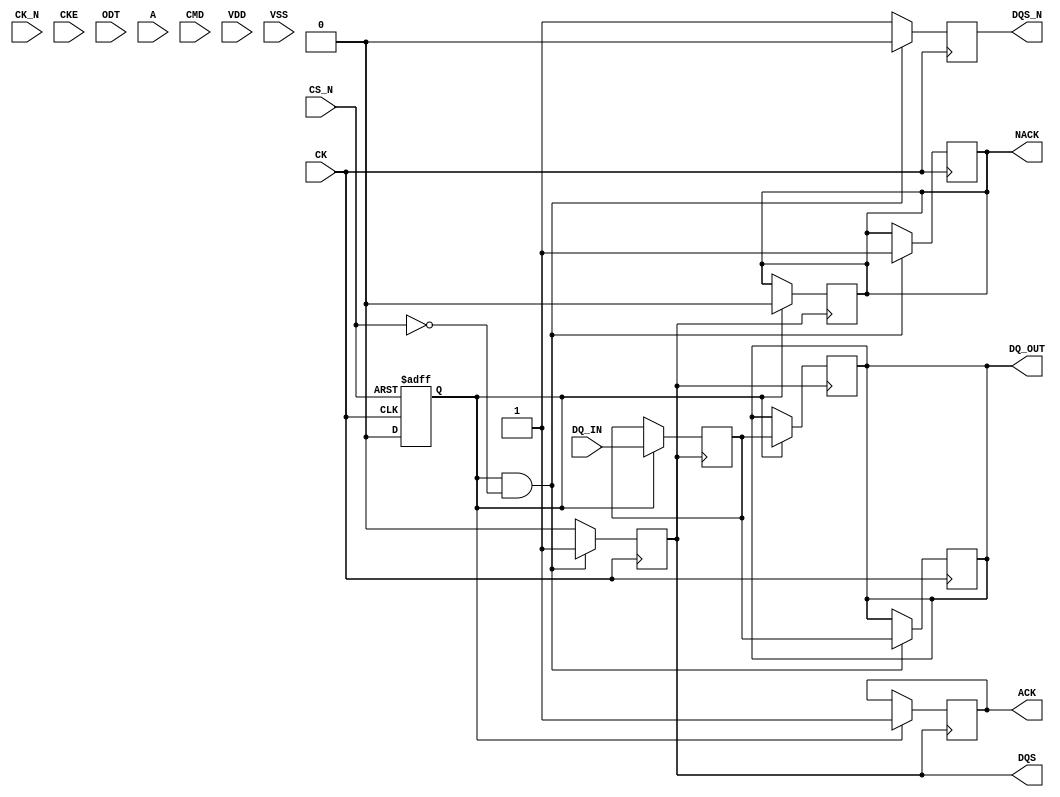
module gddr_io_block #(
    parameter DATA_WIDTH = 32  // Configurable data bus width (16, 32, or 64)
)(
    // Clock and control signals
    input wire CK,               // Clock
    input wire CK_N,             // Inverted Clock
    input wire CKE,              // Clock Enable
    input wire CS_N,             // Chip Select (active low)
    input wire ODT,              // On-Die Termination
    
    // Address and Command signals
    input wire [15:0] A,         // Address bus
    input wire [3:0] CMD,        // Command signals

    // Data signals
    input wire [DATA_WIDTH-1:0] DQ_IN,   // Data input from GDDR memory
    output reg [DATA_WIDTH-1:0] DQ_OUT,   // Data output to GDDR memory
    output reg DQS,               // Data Strobe
    output reg DQS_N,             // Inverted Data Strobe

    // Acknowledgment signals
    output reg ACK,               // Acknowledgment signal
    output reg NACK,              // Negative acknowledgment signal

    // Power supply
    input wire VDD,               // Power supply
    input wire VSS                // Ground
);

// Internal signals
reg [DATA_WIDTH-1:0] data_buffer;  // Buffer for data transfer
reg [3:0] command_reg;              // Command register
reg power_state;                    // Power state flag

// Power Management
localparam POWER_ACTIVE = 1'b1;
localparam POWER_IDLE = 1'b0;
always @(posedge CK or negedge CS_N) begin
    if (!CS_N) begin
        power_state <= POWER_ACTIVE;
    end else begin
        power_state <= POWER_IDLE;  // Transition to idle when CS_N is high
    end
end

// Read Path
always @(posedge DQS) begin
    if (power_state == POWER_ACTIVE) begin
        data_buffer <= DQ_IN;      // Capture data on DQS rising edge
        DQ_OUT <= data_buffer;     // Output data to external bus
        ACK <= 1'b1;                // Acknowledge the read operation
        NACK <= 1'b0;
    end
end

// Write Path
always @(posedge CK) begin
    if (power_state == POWER_ACTIVE && !CS_N) begin
        DQ_OUT <= data_buffer;     // Output data during write operation
        DQS <= 1'b1;               // Assert DQS for write
        DQS_N <= 1'b0;             // Assert DQS# (inverted)
        NACK <= 1'b1;              // Indicate no negative acknowledgment
    end else begin
        DQS <= 1'b0;               // De-assert DQS
        DQS_N <= 1'b1;             // De-assert DQS#
    end
end

// Control Logic
always @(posedge CK) begin
    if (power_state == POWER_ACTIVE) begin
        command_reg <= CMD;        // Capture command signals
        // Additional command handling logic can be implemented here
    end
end

endmodule